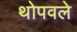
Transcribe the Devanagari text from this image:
थोपवले